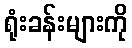
ရုံးခန်းများကို